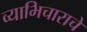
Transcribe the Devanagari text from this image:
व्याभिचाराचे